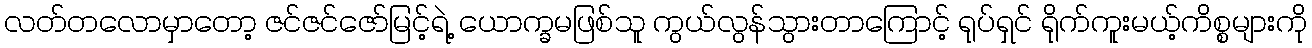
လတ်တလောမှာတော့ ဇင်ဇင်ဇော်မြင့်ရဲ့ ယောက္ခမဖြစ်သူ ကွယ်လွန်သွားတာကြောင့် ရုပ်ရှင် ရိုက်ကူးမယ့်ကိစ္စများကို